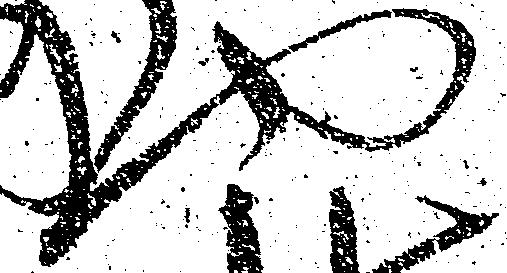
や